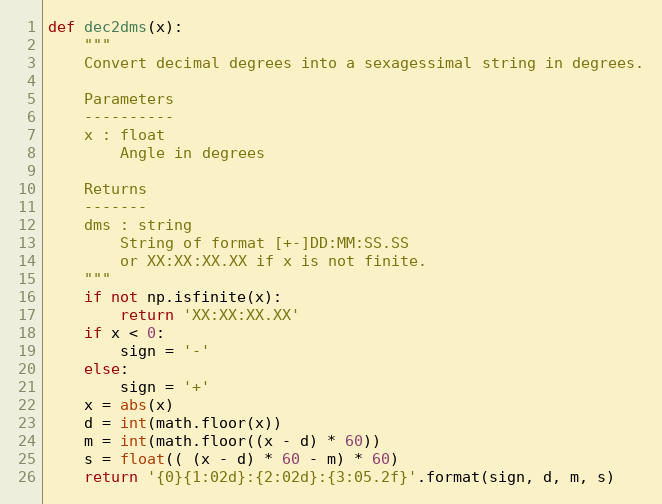
Language: Python
def dec2dms(x):
    """
    Convert decimal degrees into a sexagessimal string in degrees.

    Parameters
    ----------
    x : float
        Angle in degrees

    Returns
    -------
    dms : string
        String of format [+-]DD:MM:SS.SS
        or XX:XX:XX.XX if x is not finite.
    """
    if not np.isfinite(x):
        return 'XX:XX:XX.XX'
    if x < 0:
        sign = '-'
    else:
        sign = '+'
    x = abs(x)
    d = int(math.floor(x))
    m = int(math.floor((x - d) * 60))
    s = float(( (x - d) * 60 - m) * 60)
    return '{0}{1:02d}:{2:02d}:{3:05.2f}'.format(sign, d, m, s)